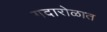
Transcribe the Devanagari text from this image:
गदारोळात